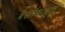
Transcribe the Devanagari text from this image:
बैलांकडून